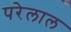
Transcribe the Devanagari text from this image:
परेलाल